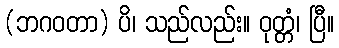
(ဘဂဝတာ) ပိ၊ သည်လည်း။ ဝုတ္တံ၊ ပြီ။